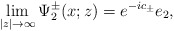
\begin{align*}\lim_{|z|\rightarrow\infty}\Psi^\pm_2(x;z)=e^{-ic_\pm}e_2,\end{align*}